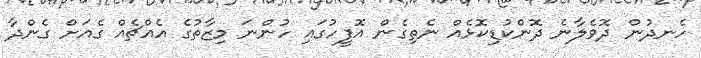
ހެނދުން ދޮވެލާނެ ދޮންކުޑިކޮޅެއް ނެތިގެން އޮފީހުގައި ހުންނަ މިޒާތުގެ އެއްޗެއް ގެއަށް ގެންދާ